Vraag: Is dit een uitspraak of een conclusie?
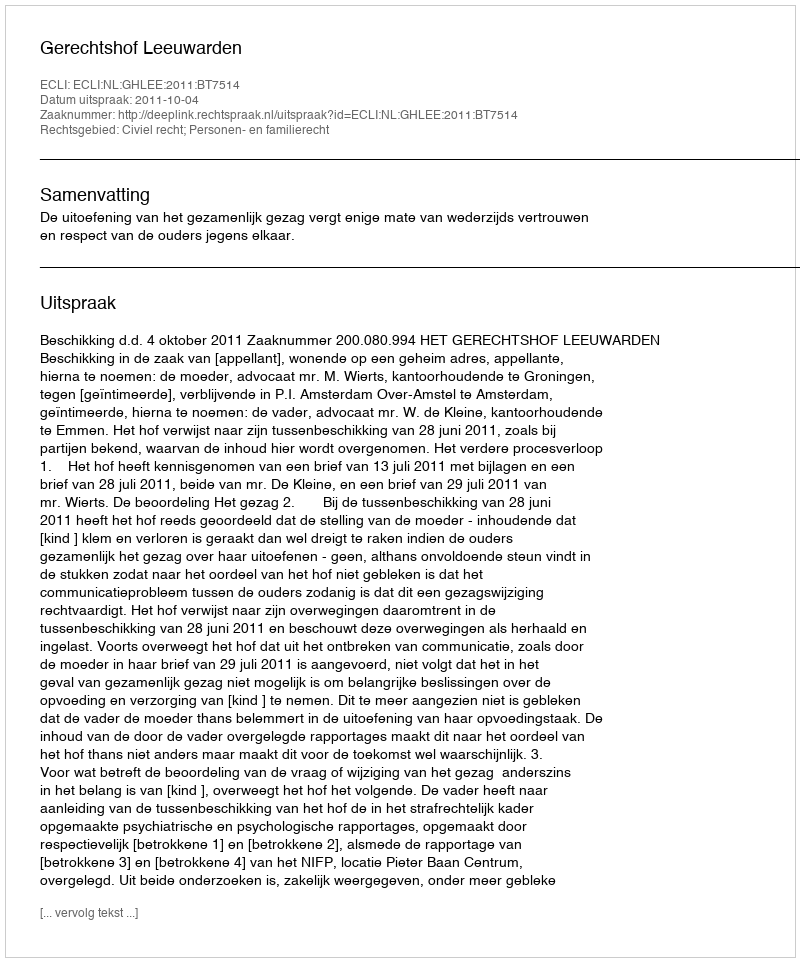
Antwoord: Uitspraak